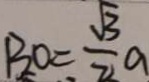
B O = \frac { \sqrt { 3 } } { 2 } a